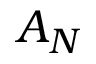
A _ { N }